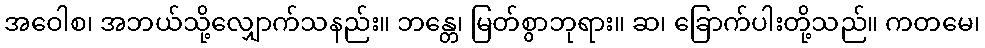
အဝေါစ၊ အဘယ်သို့လျှောက်သနည်း။ ဘန္တေ၊ မြတ်စွာဘုရား။ ဆ၊ ခြောက်ပါးတို့သည်။ ကတမေ၊